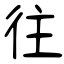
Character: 往